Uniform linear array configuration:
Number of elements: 64
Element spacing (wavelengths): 0.75
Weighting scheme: hamming
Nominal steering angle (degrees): -30
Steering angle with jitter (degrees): -30.197
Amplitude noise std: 0.05
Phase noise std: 0.05

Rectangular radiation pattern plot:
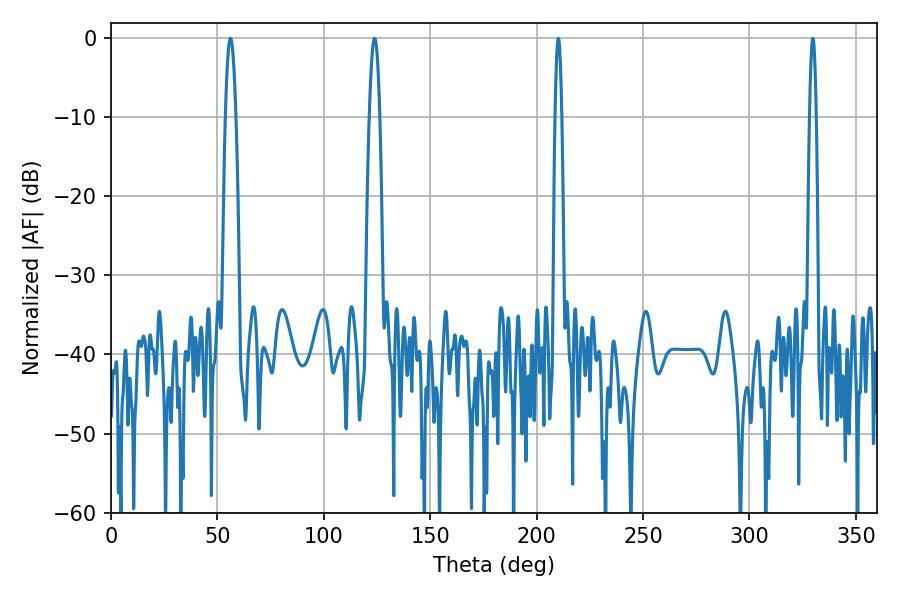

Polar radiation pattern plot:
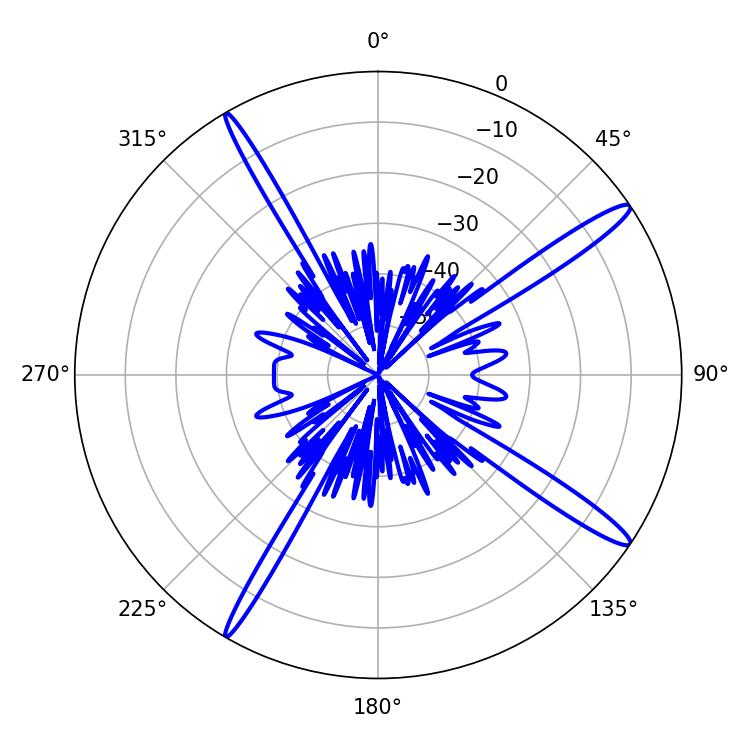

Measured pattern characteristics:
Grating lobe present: TRUE
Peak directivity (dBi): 15.798
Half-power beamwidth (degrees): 2.52
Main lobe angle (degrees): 56.16